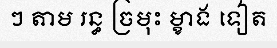
ៗ តាម រន្ធ ច្រមុះ ម្ខាង ទៀត